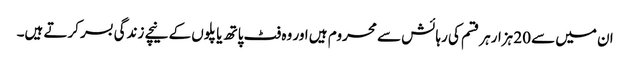
ان میں سے 20 ہزارہر قسم کی رہائش سے محروم ہیں اور وہ فٹ پاتھ یا پلوں کے نیچے زندگی بسر کرتے ہیں۔